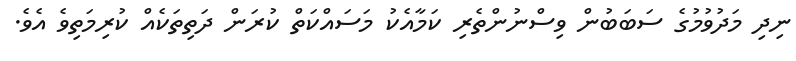
ނިދި މަދުވުމުގެ ސަބަބުން ވިސްނުންތެރި ކަމާއެކު މަސައްކަތް ކުރަން ދަތިތަކެއް ކުރިމަތިވެ އެވެ.